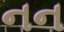
નન